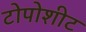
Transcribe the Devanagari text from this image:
टोपोशीट